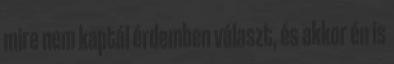
mire nem kaptál érdemben választ, és akkor én is